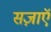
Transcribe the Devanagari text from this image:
सज़ाएॅ